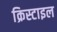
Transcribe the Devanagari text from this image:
क्रिस्टाइल